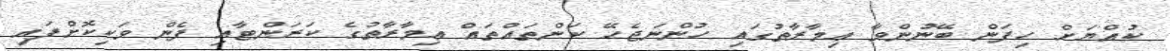
ކުއްޔަށް ހިފަން ބޭނުންވާ ޢިމާރާތުގައި ހުންނަޖެހޭ ކަންތައްތައް ޢިމާރާތުގެ ކަރަންޓާއި ފެން ވަކިކޮށްފައި